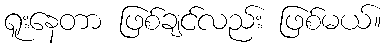
ရူးနေတာ ဖြစ်ချင်လည်း ဖြစ်မယ်။